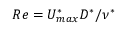
R e = U _ { m a x } ^ { * } D ^ { * } / \nu ^ { * }